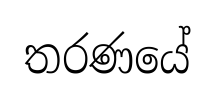
තරණයේ